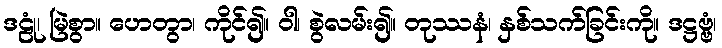
ဒဠုံ၊ မြဲစွာ။ ဟေတွာ၊ ကိုင်၍။ ဝါ၊ စွဲလမ်း၍။ တုဿနံ၊ နှစ်သက်ခြင်းကို။ ဒဋ္ဌဗ္ဗံ၊